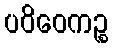
ပဝိဝေကဉ္စ